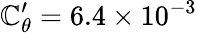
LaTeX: \mathbb{C}_{\theta}^{\prime}=6.4\times10^{-3}